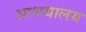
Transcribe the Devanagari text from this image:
आश्रयालय